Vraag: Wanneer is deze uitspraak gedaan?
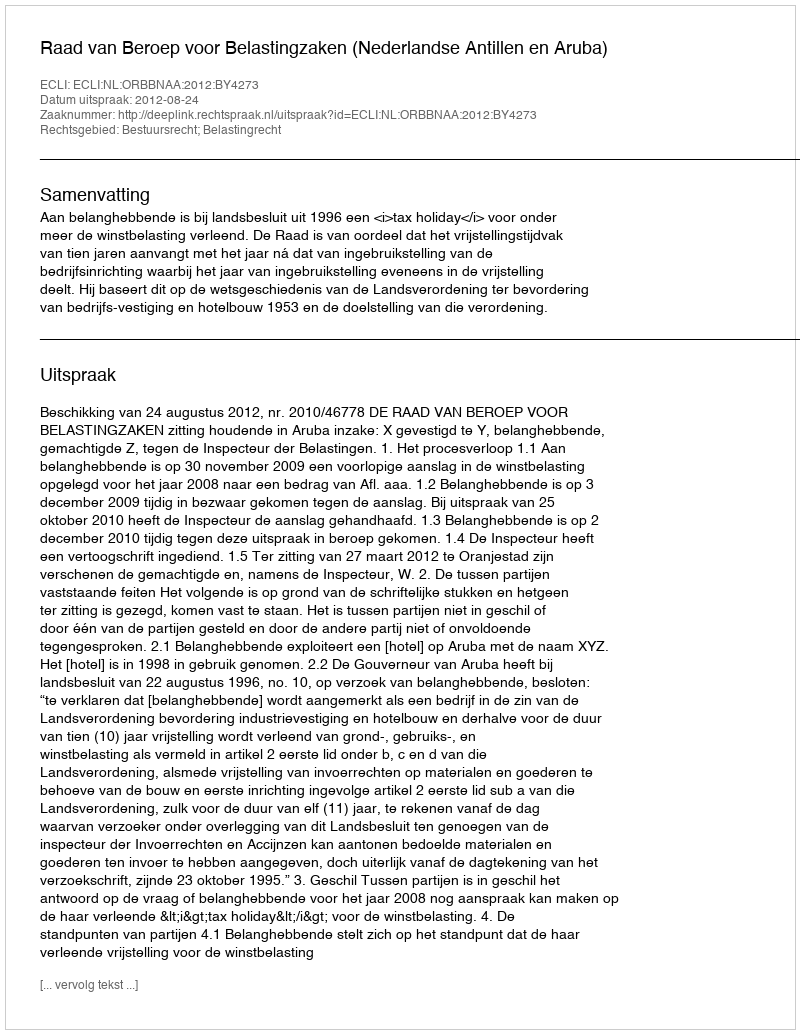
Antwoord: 2012-08-24